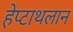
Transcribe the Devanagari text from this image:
हेप्टाथलान